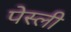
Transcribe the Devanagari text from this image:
पेस्ली